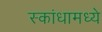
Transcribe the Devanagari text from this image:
स्कांधामध्ये